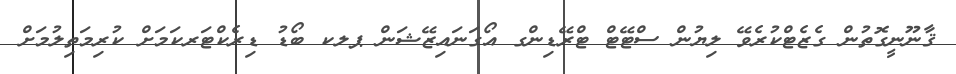
ޤާނޫނީގޮތުން ގެޒެޓްކުރެވޭ ލިޔުން ސްޓޭޓް ޓްރޭޑިންގ އޯގަނައިޒޭޝަން ޕލކ ބޯޑު ޑިރެކްޓަރކަމަށް ކުރިމަތިލުމަށް